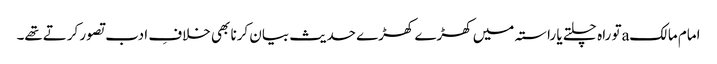
امام مالکaتو راہ چلتے یا راستہ میں کھڑے کھڑے حدیث بیان کرنا بھی خلافِ ادب تصور کرتےتھے۔